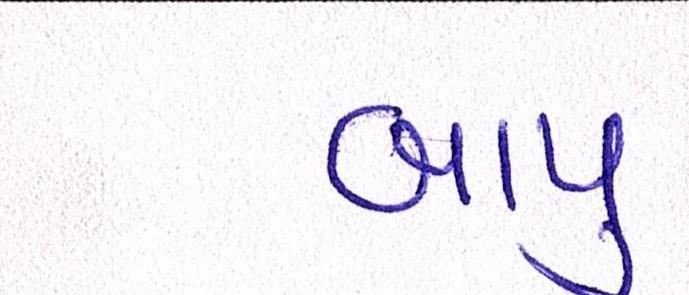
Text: બાપુ